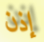
إذن